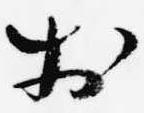
於